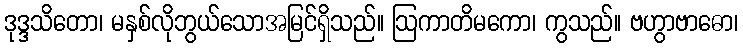
ဒုဒ္ဒသိတော၊ မနှစ်လိုဘွယ်သောအမြင်ရှိသည်။ ဩကာတိမကော၊ ကွသည်။ ဗဟွာဗာဓော၊